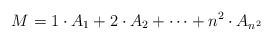
\begin{align*}M=1\cdot A_1 +2\cdot A_2 +\cdots +n^2 \cdot A_{n^2}\end{align*}